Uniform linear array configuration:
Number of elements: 64
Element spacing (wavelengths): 1
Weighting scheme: hann
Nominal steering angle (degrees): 15
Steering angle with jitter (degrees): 16.856
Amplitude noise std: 0.05
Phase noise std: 0.05

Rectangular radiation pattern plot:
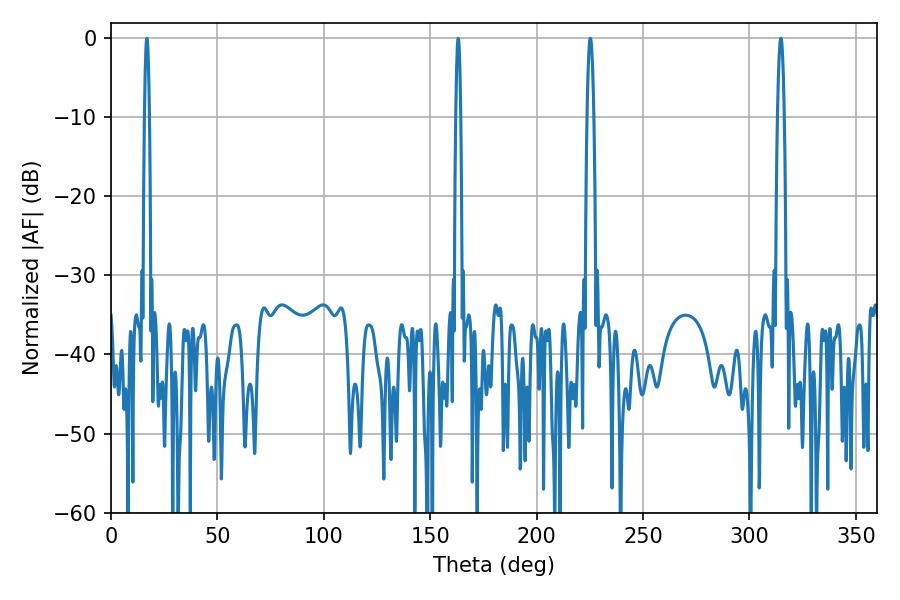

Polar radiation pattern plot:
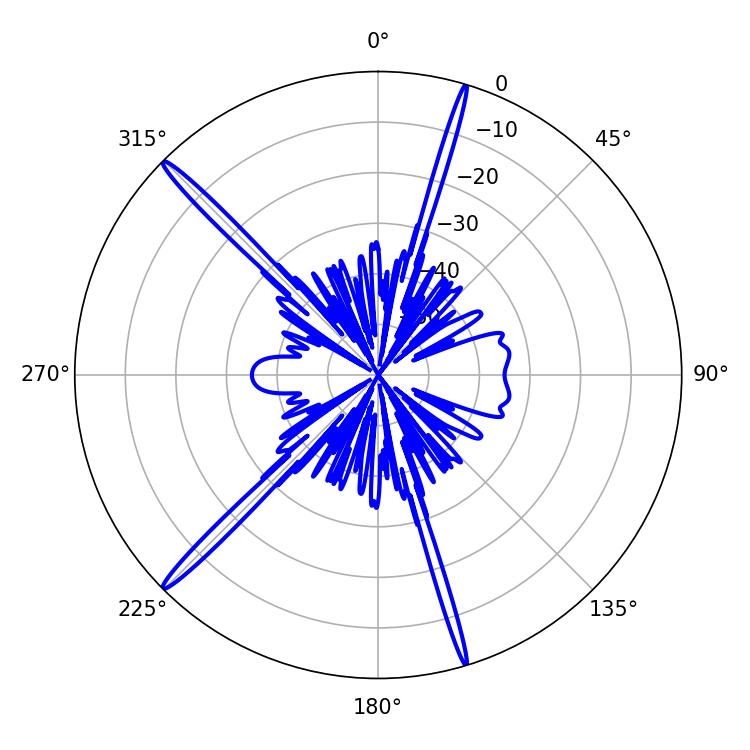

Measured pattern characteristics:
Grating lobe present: TRUE
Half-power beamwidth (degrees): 1.62
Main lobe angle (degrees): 225.18